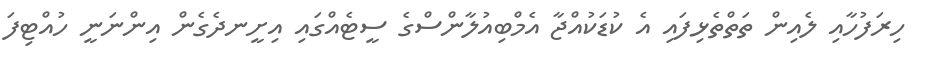
ހިރަފުހާއި ލެއިން ތަތްތެޅިފައި އެ ކުޑަކުއްޖާ އެމްބިއުލާންސްގެ ސީޓެއްގައި އިށީނދެގެން އިންނަނީ ހުއްޓިފަ